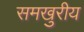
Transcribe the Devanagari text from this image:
समखुरीय